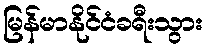
မြန်မာနိုင်ငံခရီးသွား